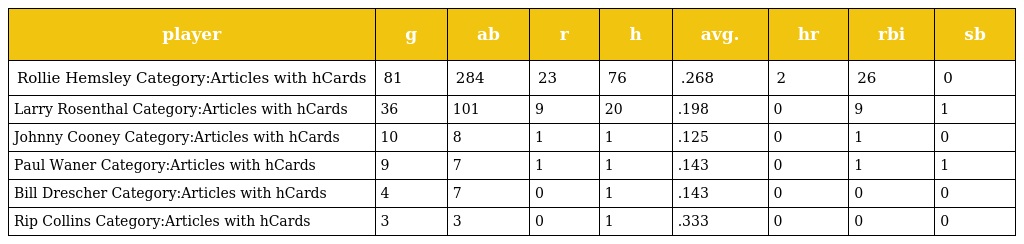
| player | g | ab | r | h | avg. | hr | rbi | sb |
 | --- | --- | --- | --- | --- | --- | --- | --- | --- |
 | Rollie Hemsley Category:Articles with hCards | 81 | 284 | 23 | 76 | .268 | 2 | 26 | 0 |
 | Larry Rosenthal Category:Articles with hCards | 36 | 101 | 9 | 20 | .198 | 0 | 9 | 1 |
 | Johnny Cooney Category:Articles with hCards | 10 | 8 | 1 | 1 | .125 | 0 | 1 | 0 |
 | Paul Waner Category:Articles with hCards | 9 | 7 | 1 | 1 | .143 | 0 | 1 | 1 |
 | Bill Drescher Category:Articles with hCards | 4 | 7 | 0 | 1 | .143 | 0 | 0 | 0 |
 | Rip Collins Category:Articles with hCards | 3 | 3 | 0 | 1 | .333 | 0 | 0 | 0 |